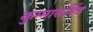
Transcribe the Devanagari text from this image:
कुम्मासपिंड